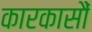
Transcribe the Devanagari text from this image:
कारकासौं